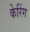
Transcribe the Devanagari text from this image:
केरिंग